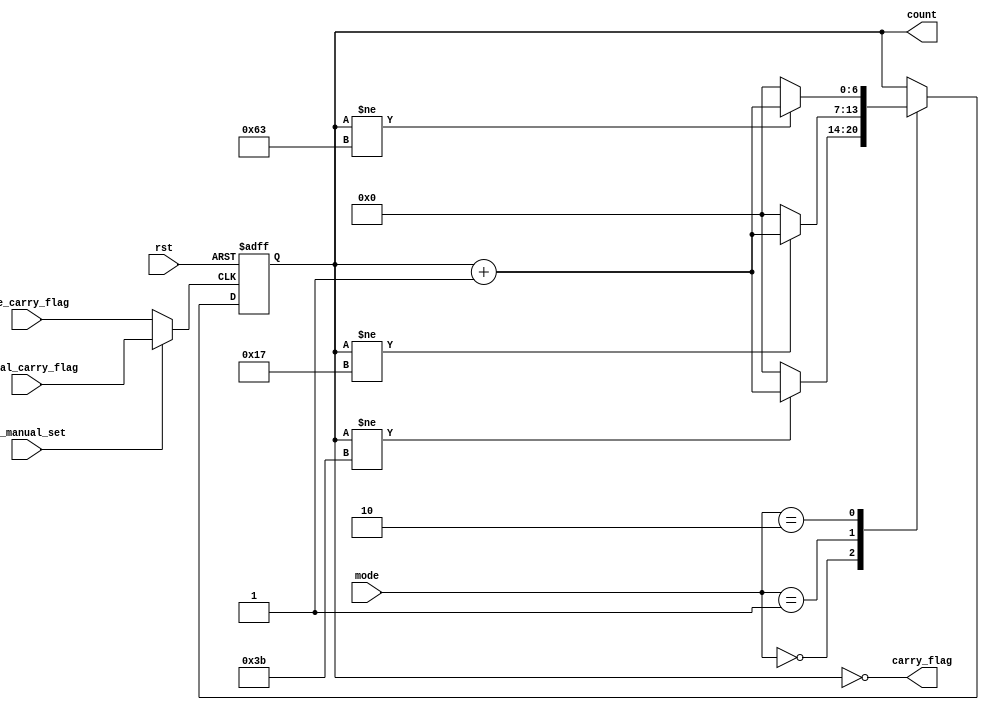
module MultiCounter(
	//
	pre_carry_flag,
	//
	manual_carry_flag,
	rst,
	//
	//0--60
	//1--24
	//2--100
	mode,
	
	//
	carry_flag,
	
	//
	count,
	
	//
	//0--
	//1--
	is_manual_set,
);
	input pre_carry_flag,manual_carry_flag,rst;
	input [1:0] mode;
	input is_manual_set;
	output carry_flag;
	output [6:0] count;
	reg [6:0] count;
	wire drive;

	//
	//
	assign drive=is_manual_set?manual_carry_flag:pre_carry_flag;

	always @(posedge drive or negedge rst)
		if(!rst) 
			count<=0;	
		else
		case(mode)
			0:
				begin
					if(count!=59)
						begin
							count<=count+1;
						end
					else
						begin
							count<=0;
						end
				end
			1:
				begin
					if(count!=23)
						begin
							count<=count+1;
						end
					else
						begin												
							count<=0;
						end
				end
			2:
				begin
					if(count!=99)
						begin
							count<=count+1;
						end
					else
						begin												
							count<=0;
						end
				end
		endcase

	assign carry_flag=(count==0);
	
			
endmodule